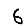
Digit: 6